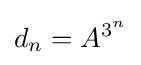
d_{n}=A^{3^{n}}